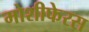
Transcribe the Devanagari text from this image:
मोशीफेरस